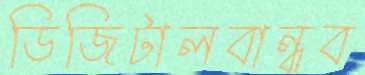
ডিজিটালবান্ধব